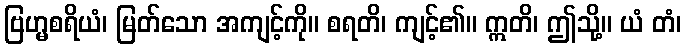
ဗြဟ္မစရိယံ၊ မြတ်သော အကျင့်ကို။ စရတိ၊ ကျင့်၏။ ဣတိ၊ ဤသို့။ ယံ တံ၊